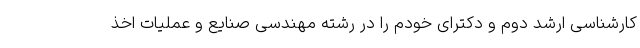
کارشناسی ارشد دوم و دکترای خودم را در رشته مهندسی صنایع و عملیات اخذ